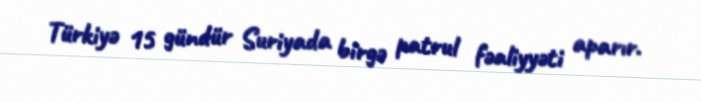
Türkiyə 15 gündür Suriyada birgə patrul fəaliyyəti aparır.